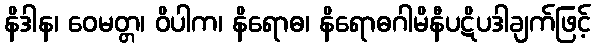
နိဒါန၊ ဝေမတ္တ၊ ဝိပါက၊ နိရောဓ၊ နိရောဓဂါမိနီပဋိပဒါချက်ဖြင့်